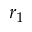
r _ { 1 }